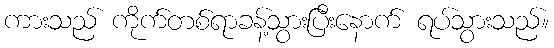
ကားသည် ကိုက်တစ်ရာခန့်သွားပြီးနောက် ရပ်သွားသည်။